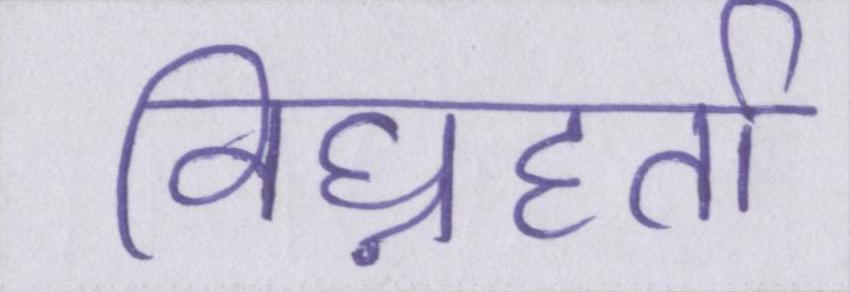
विघ्नहर्ता